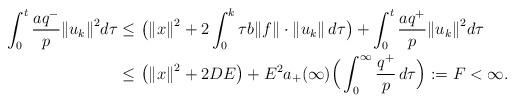
LaTeX: \begin{align*} \int_0^t \frac{aq^-}{p}{\Vert u_{k}\Vert}^2d\tau \le \ &\big( {\Vert x \Vert}^2 + 2\int_0^k\tau b \Vert f\Vert \cdot \Vert u_{k} \Vert \, d\tau \big) + \int_0^t \frac{aq^+}{p}{\Vert u_{k}\Vert}^2d\tau \\\le \ & \big( {\Vert x \Vert}^2 + 2DE \big) + E^2a_+(\infty)\Big(\int_0^{\infty}\frac{q^+}{p}\, d\tau \Big) :=F<\infty.\end{align*}